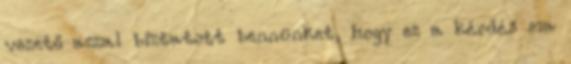
vezető azzal biztatott bennünket, hogy ez a kérdés ma